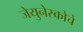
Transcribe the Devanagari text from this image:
जेयुनेस्कोचे